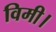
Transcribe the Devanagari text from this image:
विमी।